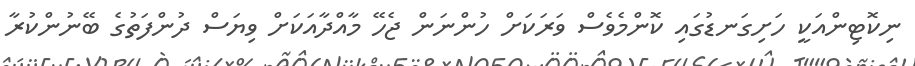
ނިކޮޓިންއަކީ ހަށިގަނޑުގައި ކޮންމެވެސް ވަރަކަށް ހުންނަން ޖެހޭ މާއްދާއަކަށް ވިޔަސް ދުންފަތުގެ ބޭނުންކުރާ